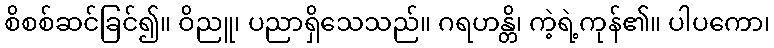
စိစစ်ဆင်ခြင်၍။ ဝိညူ၊ ပညာရှိသေသည်။ ဂရဟန္တိ၊ ကဲ့ရဲ့ကုန်၏။ ပါပကော၊